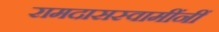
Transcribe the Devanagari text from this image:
रामदासस्वामींनीं